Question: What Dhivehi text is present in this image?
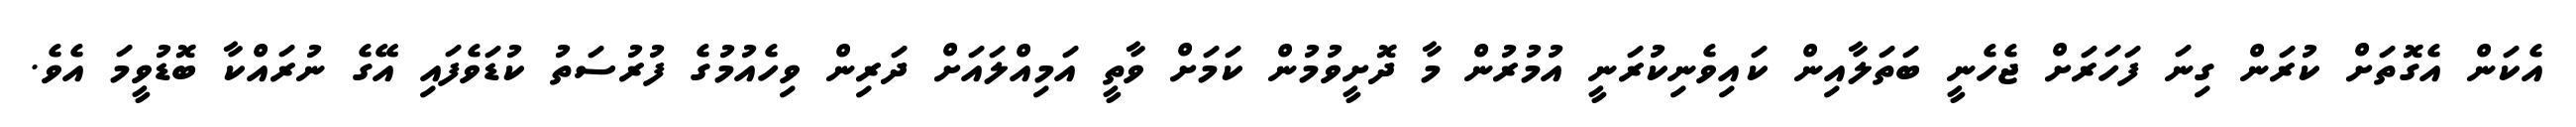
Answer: އެކަން އެގޮތަށް ކުރަން ގިނަ ފަހަރަށް ޖެހެނީ ބަތަލާއިން ކައިވެނިކުރަނީ އުމުރުން މާ ދޮށީވުމުން ކަމަށް ވާތީ އަމިއްލައަށް ދަރިން ވިހެއުމުގެ ފުރުސަތު ކުޑަވެފައި އޭގެ ނުރައްކާ ބޮޑުވީމަ އެވެ.